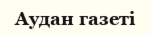
Аудан газеті